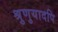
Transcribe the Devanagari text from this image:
श्रुणुयादपि